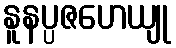
နူနပ္ပဇဟေယျု